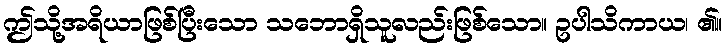
ဤသို့အရိယာဖြစ်ပြီးသော သဘောရှိသူလည်းဖြစ်သော။ ဥပါသိကာယ၊ ၏။